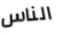
الناس